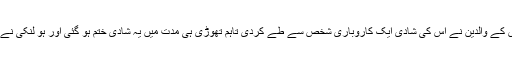
اِسی دوران اُس کے والدین نے اُس کی شادی ایک کاروباری شخص سے طے کردی تاہم تھوڑی ہی مدت میں یہ شادی ختم ہو گئی اور ہو لنکی نے طلاق لے لی۔